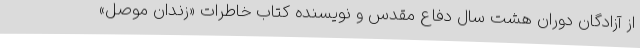
از آزادگان دوران هشت سال دفاع مقدس و نویسنده کتاب خاطرات «زندان موصل»